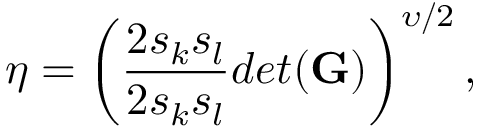
\eta = \left( \frac { 2 s _ { k } s _ { l } } { 2 s _ { k } s _ { l } } { d e t ( \bf G ) } \right) ^ { \upsilon / 2 } ,